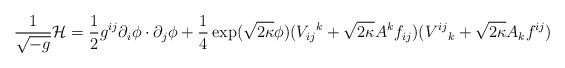
LaTeX: \begin{align*}\frac{1}{\sqrt{-g}}{\cal H}=\frac{1}{2}g^{ij}\partial_i\phi\cdot\partial_j\phi+\frac{1}{4}\exp(\sqrt{2\kappa}\phi)(V_{ij}{}^k +\sqrt{2\kappa}A^k f_{ij})(V^{ij}{}_k+\sqrt{2\kappa} A_k f^{ij})\end{align*}